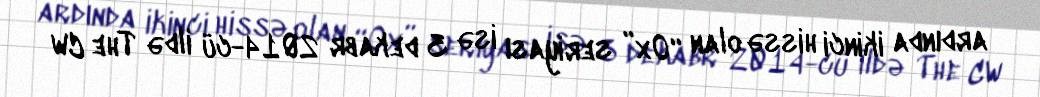
ardında ikinci hissə olan “Ox” seriyası isə 3 dekabr 2014-cü ildə The CW